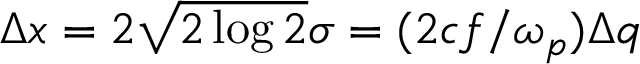
\Delta x = 2 \sqrt { 2 \log 2 } \sigma = ( 2 c f / \omega _ { p } ) \Delta q